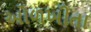
ઓળખીતા